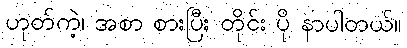
ဟုတ်ကဲ့၊ အစာ စားပြီး တိုင်း ပို နာပါတယ်။